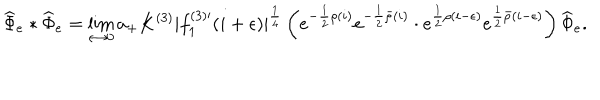
LaTeX: \widehat { \Phi } _ { e } * \widehat { \Phi } _ { e } = \lim _ { \epsilon \to 0 } a _ { + } K ^ { ( 3 ) } | f _ { 1 } ^ { ( 3 ) \prime } ( i + \epsilon ) | ^ { \frac { 1 } { 4 } } \left( e ^ { - \frac { 1 } { 2 } \rho ( i ) } e ^ { - \frac { 1 } { 2 } \bar { \rho } ( i ) } \cdot e ^ { \frac { 1 } { 2 } \rho ( i - \epsilon ) } e ^ { \frac { 1 } { 2 } \bar { \rho } ( i - \epsilon ) } \right) \widehat { \Phi } _ { e } .